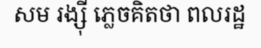
សម រង្ស៊ី ភ្លេចគិតថា ពលរដ្ឋ